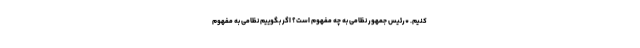
کنیم. *رئیس جمهور نظامی به چه مفهوم است؟ اگر بگوییم نظامی به مفهوم